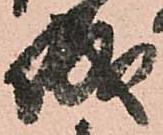
城